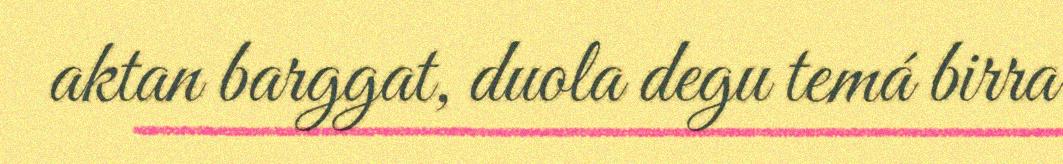
aktan barggat, duola degu temá birra